Source: Handwritten
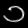
Digit: ၁ (1)